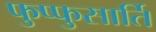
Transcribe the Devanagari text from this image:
फुप्फुसार्ति